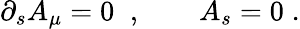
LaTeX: \partial_{s}A_{\mu}=0\; \; ,\qquad A_{s}=0\; .